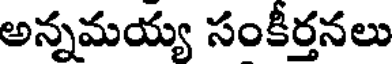
అన్నమయ్య సంకీర్తనలు